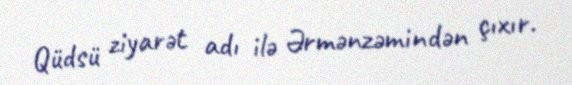
Qüdsü ziyarət adı ilə Ərmənzəmindən çıxır.